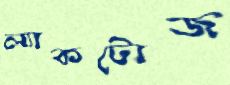
ল্যাকটোজ